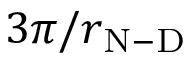
3 \pi / r _ { \mathrm { N - D } }